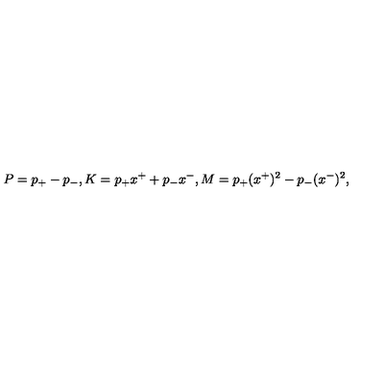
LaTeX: P = p _ { + } - p _ { - } , K = p _ { + } x ^ { + } + p _ { - } x ^ { - } , M = p _ { + } ( x ^ { + } ) ^ { 2 } - p _ { - } ( x ^ { - } ) ^ { 2 } ,